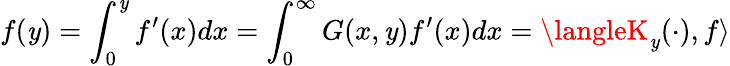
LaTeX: f(\mathit{y})=\int_{0}^{\mathit{y}}f^{\prime}(x)dx=\int_{0}^{\infty}G(x,\mathit{y})f^{\prime}(x)dx=\langleK_{\mathit{y}}(\cdot),f\rangle